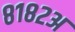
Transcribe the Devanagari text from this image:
८१८२अ